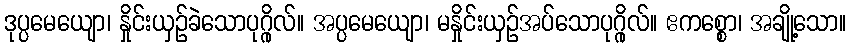
ဒုပ္ပမေယျော၊ နှိုင်းယှဉ်ခဲသောပုဂ္ဂိုလ်။ အပ္ပမေယျော၊ မနှိုင်းယှဉ်အပ်သောပုဂ္ဂိုလ်။ ဧကစ္စော၊ အချို့သော။